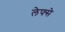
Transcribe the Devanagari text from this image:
लेफ्से